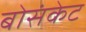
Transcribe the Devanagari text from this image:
बोसंकेट